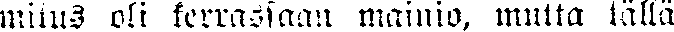
mitus oli kerrassaan mainio, mutta tällä